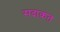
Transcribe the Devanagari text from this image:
सदाक़त